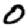
Digit: 0